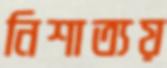
নিশাত্যয়